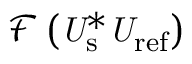
\mathcal { F } \left( \it U _ { \mathrm { s } } ^ { \ast } U _ { \mathrm { r e f } } \right)